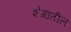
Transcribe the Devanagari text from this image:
शेंगातील